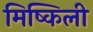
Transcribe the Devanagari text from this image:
मिष्किली